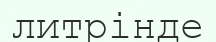
литрінде